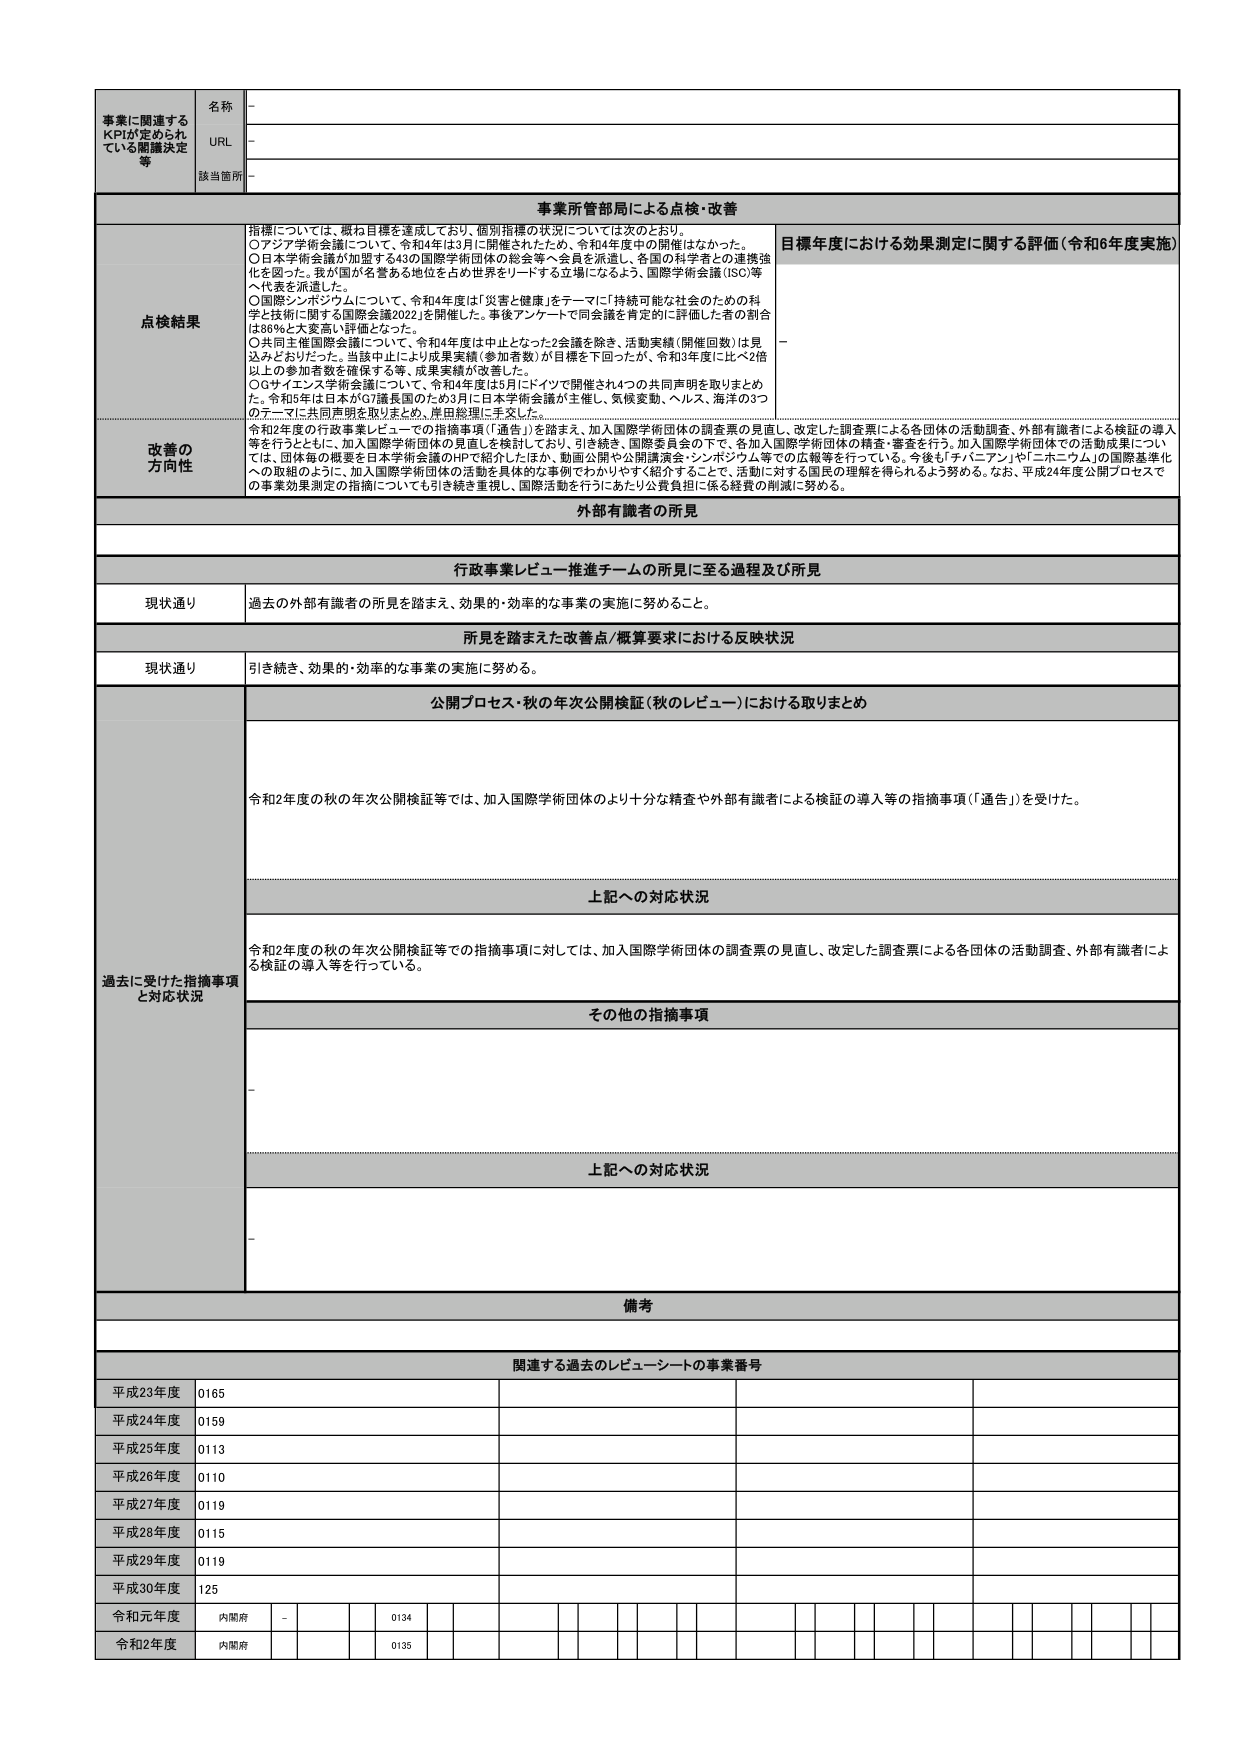
事業に関連する
KPIが定められ
ている関連決定
等

名称
-

URL
-

該当箇所
-

事業所管部局による点検・改善

点検結果
指標については、概ね目標を達成しており、個別指標の状況については次のとおり。
○アジア学術会議について、令和4年は3月に開催されたため、令和4年度中の開催はなかった。
○日本学術会議が加盟する43の国際学術団体の総会等へ会員を派遣し、各国の科学者との連携強化を図った。我が国が名著ある地位を占め世界をリードする立場になるよう、国際学術会議（ISO）等へ代表を派遣した。
○国際シンポジウムについて、令和4年度は「災害と健康」をテーマに「持続可能な社会のための科学と技術に関する国際会議2022」を開催した。事後アンケートで同会議を肯定的に評価した者の割合は86％と大変高い評価となった。
○共同主催国際会議について、令和4年度は中止となった2会議を除き、活動実績（開催回数）は見込みどおりだった。当該中止により成果実績（参加者数）が目標を下回ったが、令和3年度に比べ2倍以上の参加者数を確保する等、成果実績が改善した。
○Gサイエンス学術会議について、令和4年度は5月にドイツで開催され4つの共同声明を取りまとめた。令和5年は日本がG7議長国のため3月に日本学術会議が主催し、気候変動、ヘルス、海洋の3つのテーマに共同声明を取りまとめ、岸田総理に手交した。

目標年度における効果測定に関する評価（令和6年度実施）
-

改善の
方向性
令和2年度の行政事業レビューでの指摘事項（「通告」）を踏まえ、加入国際学術団体の調査票の見直し、改定した調査票による各団体の活動調査、外部有識者による検証の導入等を行うとともに、加入国際学術団体の見直しを検討しており、引き続き、国際委員会の下で、各加入国際学術団体の精査・審査を行う。加入国際学術団体での活動成果については、団体毎の概要を日本学術会議のHPで紹介したほか、動画公開や公開講演会・シンポジウム等での広報等を行っている。今後も「チバニアン」や「ニホニウム」の国際基準化への取組のように、加入国際学術団体の活動を具体的な事例でわかりやすく紹介することで、活動に対する国民の理解を得られるよう努める。なお、平成24年度公開プロセスでの事業効果測定の指摘についても引き続き重視し、国際活動を行うにあたり公費負担に係る経費の削減に努める。

外部有識者の所見

行政事業レビュー推進チームの所見に至る過程及び所見

現状通り
過去の外部有識者の所見を踏まえ、効果的・効率的な事業の実施に努めること。

所見を踏まえた改善点／概算要求における反映状況

現状通り
引き続き、効果的・効率的な事業の実施に努める。

過去に受けた指摘事項
と対応状況

公開プロセス・秋の年次公開検証（秋のレビュー）における取りまとめ
令和2年度の秋の年次公開検証等では、加入国際学術団体のより十分な精査や外部有識者による検証の導入等の指摘事項（「通告」）を受けた。

上記への対応状況
令和2年度の秋の年次公開検証等での指摘事項に対しては、加入国際学術団体の調査票の見直し、改定した調査票による各団体の活動調査、外部有識者による検証の導入等を行っている。

その他の指摘事項
-

上記への対応状況
-

備考

関連する過去のレビューシートの事業番号

平成23年度
0165

平成24年度
0159

平成25年度
0113

平成26年度
0110

平成27年度
0119

平成28年度
0115

平成29年度
0119

平成30年度
125

令和元年度
内閣府
-
0134

令和2年度
内閣府
-
0135